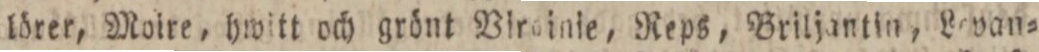
lörer, Moire, hwitt och grönt Virginie, Reps, Briljantin, Lovan=